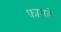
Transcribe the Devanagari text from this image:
फ़ातहे